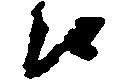
候